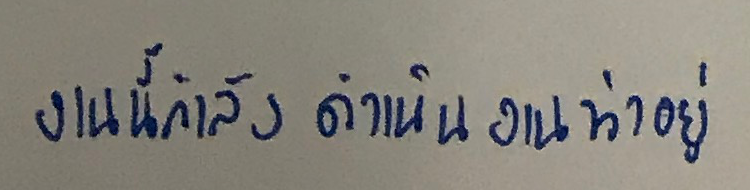
งานนี้กำลังดำเนินงานทำอยู่